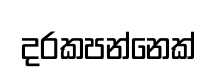
දරකපන්නෙක්